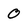
Character: 0